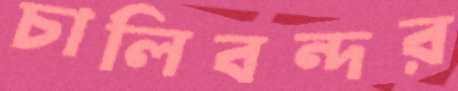
চালিবন্দর